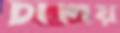
চালিয়